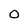
Character: 0